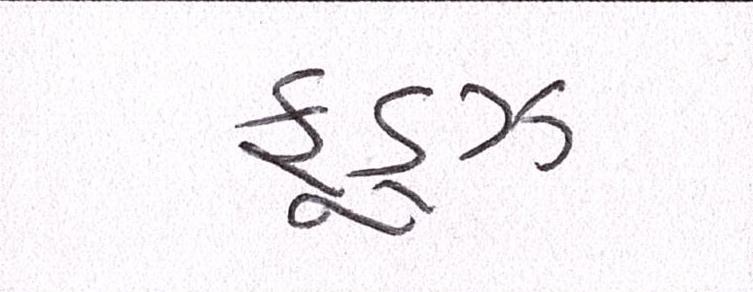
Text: ફૂડ્ઝ